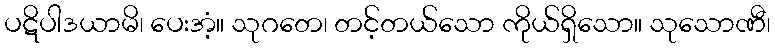
ပဋိပါဒယာမိ၊ ပေးအံ့။ သုဂတေ၊ တင့်တယ်သော ကိုယ်ရှိသော။ သုသောဏီ၊